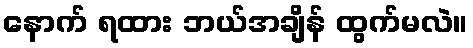
နောက် ရထား ဘယ်အချိန် ထွက်မလဲ။